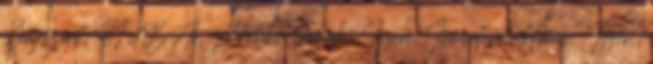
Zajszint: 31 dBA, Akciós termék: Igen, Inverteres klíma: Igen,